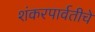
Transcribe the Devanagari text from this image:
शंकरपार्वतीचे